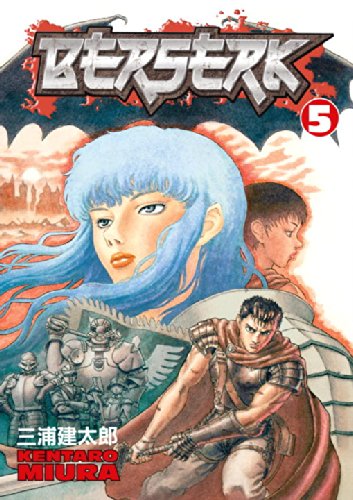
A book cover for Berserk, Vol. 5; Kentaro Miura; Comics & Graphic Novels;